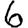
Digit: 6